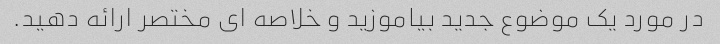
در مورد یک موضوع جدید بیاموزید و خلاصه ای مختصر ارائه دهید.